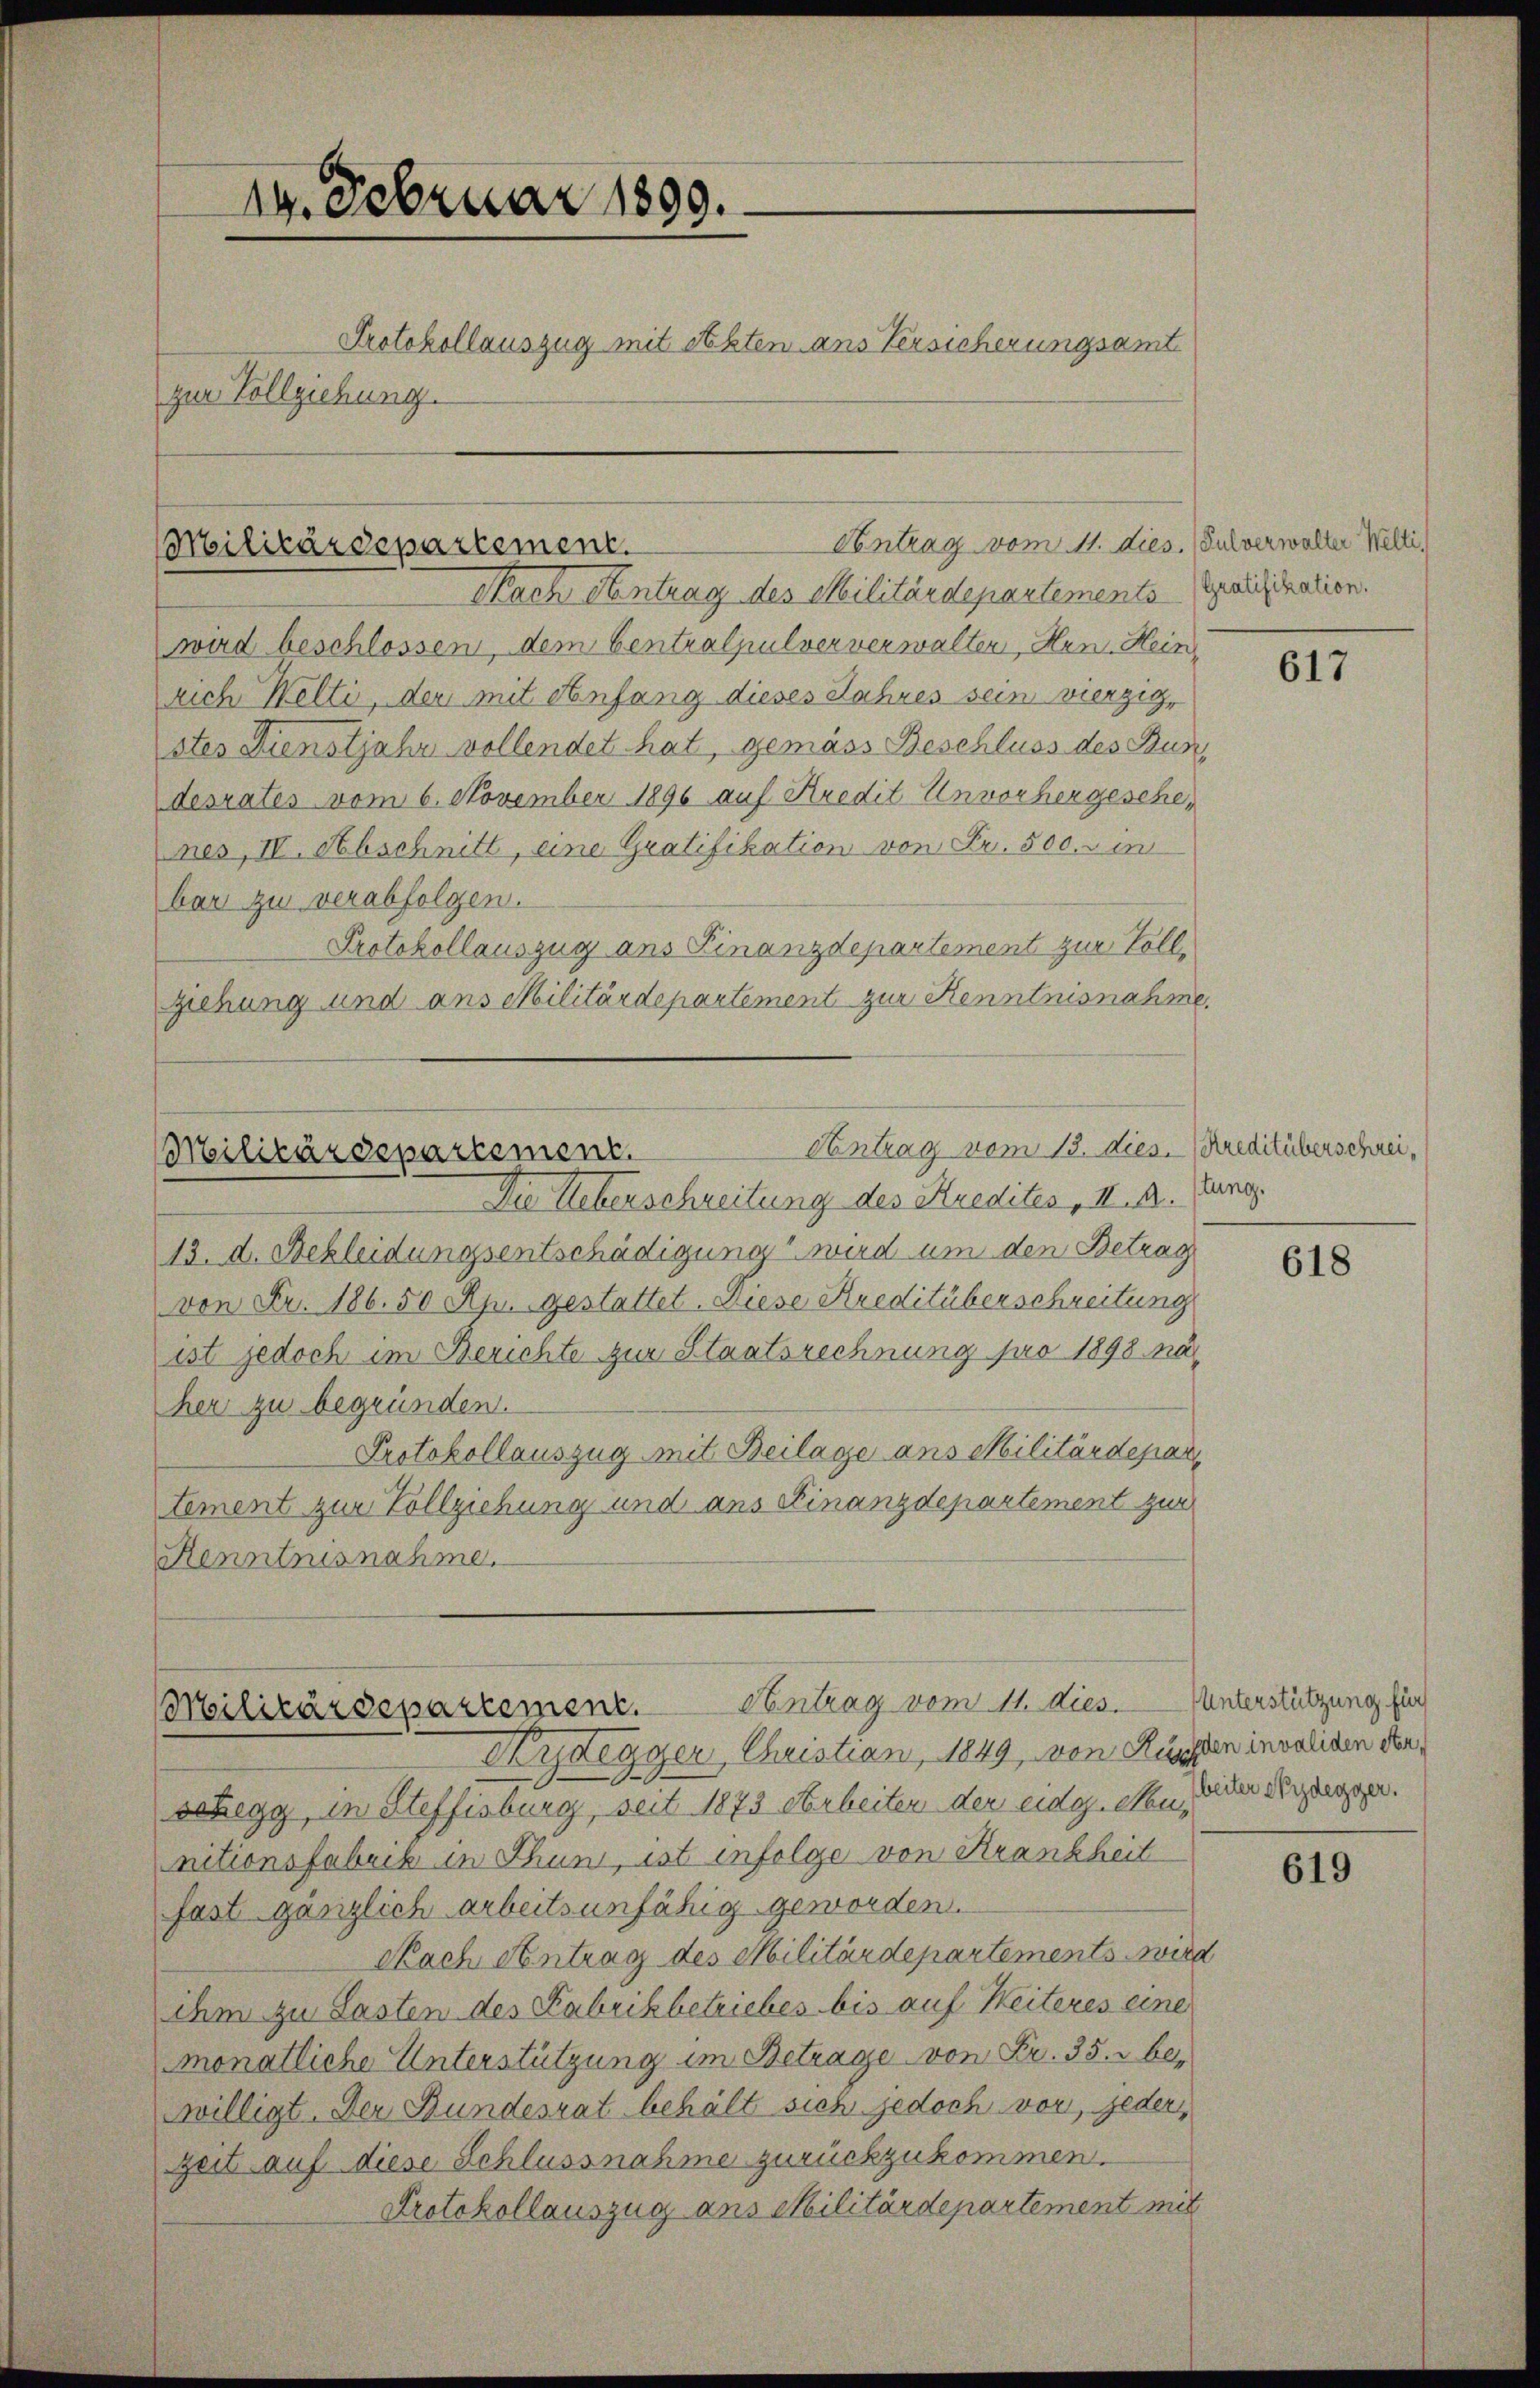
Nach Antrag des Militärdepartements Gratifikation.
wird beschlossen, dem Centralpulververwalten, Hrn. Hein
rich Welti, der mit Anfang dieses Jahres sein vierzig,
stes Dienstjahr vollendet hat, gemäss Beschluss des Bun
desrates vom 6. November 1896 auf Kredit Unvorhergesche-
nes, IV. Abschnitt, eine Gratifikation von Fr. 500. u in
bar zu verabfolgen.
Protokollauszug ans Finanzdepartement zur Vollziehung und ans Militärdepartement zur Kenntnisnahme.

19. Februar 1899.
Protokollauszug mit Akten ans Versicherungsamt
zur Vollziehung.

Militärdepartement.

13. d. Bekleidungsentschädigung wird um den Betrag
von Fr. 186. 50 Rp. Gestattet. Diese Kreditüberschreitung
ist jedoch im Berichte zur Staatsrechnung pro 1898 näher zu begründen.
Protokollauszug mit Beilage ans Militärdepartement zur Vollziehung und aus Finanzdepartement zur
Henntnisnahme.

schegg, in Steffisburg, seit 1873 Sterbeiten der eidojecten, wieder derzungen.
nitionsfabrik in Thun, ist infolge von Krankheit
fast gänzlich arbeitsunfähig geworden.
Nach Antrag des Militärdepartements wird
ihm zu Lasten des Fabrikbetriebes bis auf Weiteres eine
monatliche Unterstützung im Betrage von Fr. 35. bewilligt. Der Bundesrat behält sich jedoch vor, jeder
zeit auf diese Schlussnahme zurückzukommen.
Protokollauszug aus Militärdepartement mit

Contrag vom 11. dies. (Sulverwalter Welti,

Contrag vom 13. dies. Kreditüberschrei¬
Militärdepartement.
Die Ueberschreitung des Kredites, k.k.

Militärdepartement. Eintrag vom 11. dies. unterstützung für
Kydegger, Christian, 1849, von Küssten invaliden der¬

617

stung.

618

619